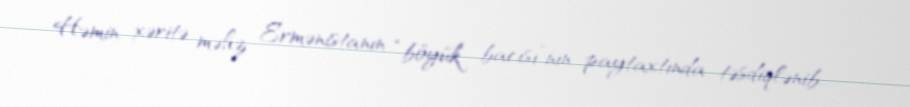
Həmin xəritə məhz Ermənistanın “böyük bacısı”nın paytaxtında təsdiqlənib... -